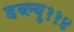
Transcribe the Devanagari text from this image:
डब्ल्यु११४